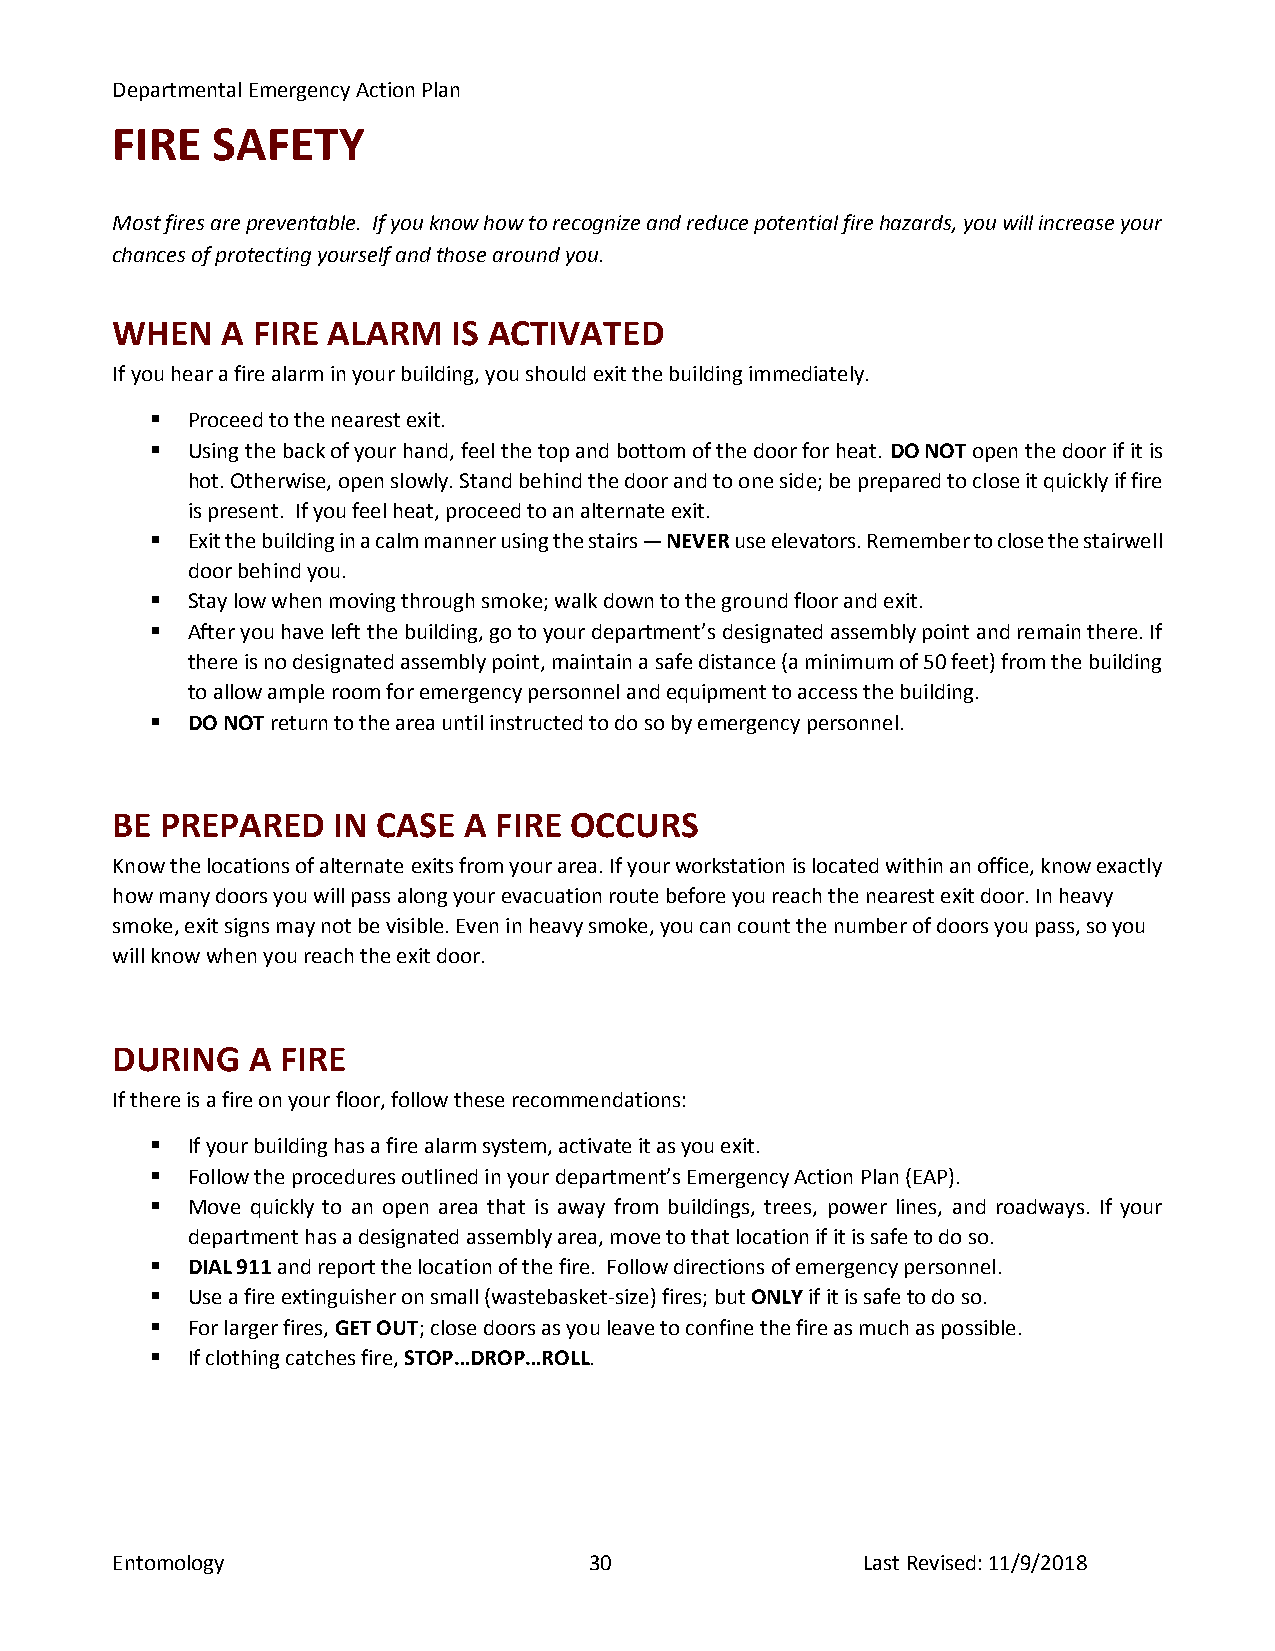
Departmental Emergency Action Plan
 FIRE   SAFETY
 Most fires are preventable. If you know how to recognize and reduce potential fire hazards, you will increase your
 chances of protecting yourself and those around you.
 WHEN    A FIRE ALARM   IS ACTIVATED
 If you hear a fire alarm in your building, you should exit the building immediately.
  Proceed to the nearest exit.
  Using the back of your hand, feel the top and bottom of the door for heat. DO NOT open the door if it is
 hot. Otherwise, open slowly. Stand behind the door and to one side; be prepared to close it quickly if fire
 is present. If you feel heat, proceed to an alternate exit.
  Exit the building in a calm manner using the stairs — NEVER use elevators. Remember to close the stairwell
 door behind you.
  Stay low when moving through smoke; walk down to the ground floor and exit.
  After you have left the building, go to your department’s designated assembly point and remain there. If
 there is no designated assembly point, maintain a safe distance (a minimum of 50 feet) from the building
 to allow ample room for emergency personnel and equipment to access the building.
  DO NOT return to the area until instructed to do so by emergency personnel.
 BE  PREPARED   IN CASE  A FIRE OCCURS
 Know the locations of alternate exits from your area. If your workstation is located within an office, know exactly
 how many doors you will pass along your evacuation route before you reach the nearest exit door. In heavy
 smoke, exit signs may not be visible. Even in heavy smoke, you can count the number of doors you pass, so you
 will know when you reach the exit door.
 DURING   A  FIRE
 If there is a fire on your floor, follow these recommendations:
  If your building has a fire alarm system, activate it as you exit.
  Follow the procedures outlined in your department’s Emergency Action Plan (EAP).
  Move quickly to an open area that is away from buildings, trees, power lines, and roadways. If your
 department has a designated assembly area, move to that location if it is safe to do so.
  DIAL 911 and report the location of the fire. Follow directions of emergency personnel.
  Use a fire extinguisher on small (wastebasket-size) fires; but ONLY if it is safe to do so.
  For larger fires, GET OUT; close doors as you leave to confine the fire as much as possible.
  If clothing catches fire, STOP…DROP…ROLL.
 Entomology                      30                Last Revised: 11/9/2018